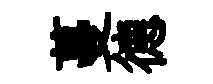
蔓德